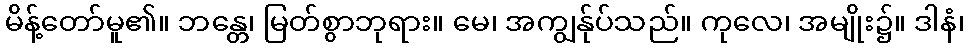
မိန့်တော်မူ၏။ ဘန္တေ၊ မြတ်စွာဘုရား။ မေ၊ အကျွန်ုပ်သည်။ ကုလေ၊ အမျိုး၌။ ဒါနံ၊